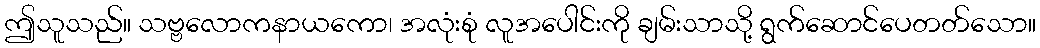
ဤသူသည်။ သဗ္ဗလောကနာယကော၊ အလုံးစုံ လူအပေါင်းကို ချမ်းသာသို့ ရွက်ဆောင်ပေတတ်သော။